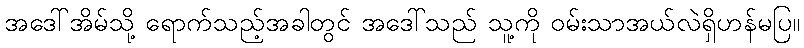
အဒေါ်အိမ်သို့ ရောက်သည့်အခါတွင် အဒေါ်သည် သူ့ကို ဝမ်းသာအယ်လဲရှိဟန်မပြ။